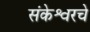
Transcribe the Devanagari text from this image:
संकेश्वरचे